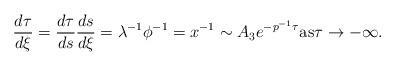
LaTeX: \begin{align*}\dfrac{d\tau}{d\xi}&= \dfrac{d\tau}{ds}\dfrac{ds}{d\xi}=\lambda^{-1}\phi^{-1}=x^{-1}\sim A_{3}e^{-p^{-1}\tau} {\rm{as}}\tau\to -\infty.\end{align*}